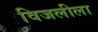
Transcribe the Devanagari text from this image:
विजलीला